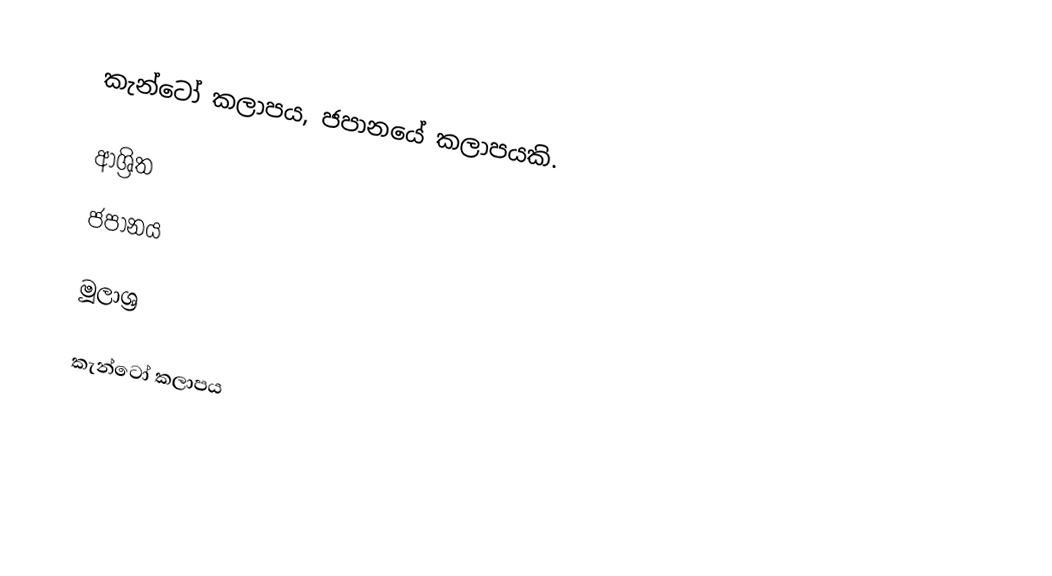
කැන්ටෝ කලාපය, ජපානයේ කලාපයකි.

ආශ්‍රිත
 ජපානය

මූලාශ්‍ර

කැන්ටෝ කලාපය